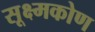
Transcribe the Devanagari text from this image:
सूक्ष्मकोण